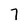
Character: 7